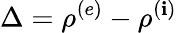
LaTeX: \Delta=\rho^{(e)}-\rho^{(\mathbf{i})}